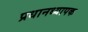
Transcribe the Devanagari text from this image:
प्रधानध्यापक